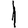
Digit: 1